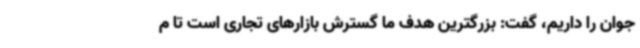
جوان را داریم، گفت: بزرگترین هدف ما گسترش بازارهای تجاری است تا م